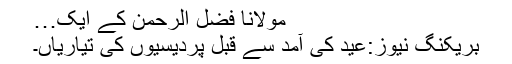
مولانا فضل الرحمٰن کے ایک…
بریکنگ نیوز:عید کی آمد سے قبل پردیسیوں کی تیاریاں۔